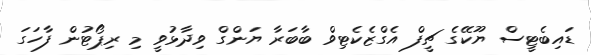
ޑައިބެޓީސް ޔޫކޭގެ ޗީފް އެގްޒެކެޓިވް ބާބަރާ ޔަންގް ވިދާޅުވީ މި ރިޕޯޓުން ފާހަގަ